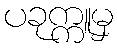
ပခုက္ကူမှ